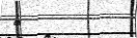
٨